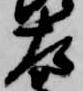
左